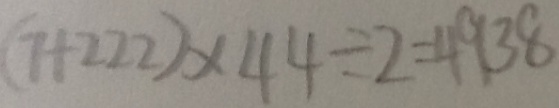
( 7 + 2 2 2 ) \times 4 4 \div 2 = 4 9 3 8